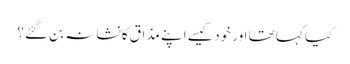
کیا کہا تھا اور خود کیسے اپنے مذاق کا نشانہ بن گئے؟